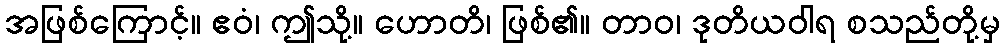
အဖြစ်ကြောင့်။ ဧဝံ၊ ဤသို့။ ဟောတိ၊ ဖြစ်၏။ တာဝ၊ ဒုတိယဝါရ စသည်တို့မှ